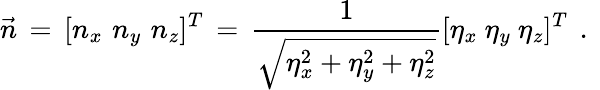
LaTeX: {\vec{n}\, =\, [n_{x}\, \, n_{y}\, \, n_{z}]^{T}\, =\, \frac{1}{\sqrt{\eta_{x}^{2}+\eta_{y}^{2}+\eta_{z}^{2}}}[\eta_{x}\ \eta_{y}\ \eta_{z}]^{T}\, \mathrm{~.~}}